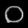
Digit: ၀